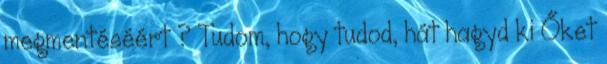
megmentéséért ? Tudom, hogy tudod, hát hagyd ki Őket